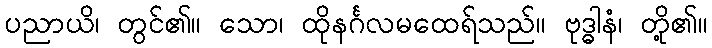
ပညာယိ၊ တွင်၏။ သော၊ ထိုနင်္ဂလမထေရ်သည်။ ဗုဒ္ဓါနံ၊ တို့၏။